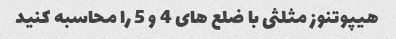
هیپوتنوز مثلثی با ضلع های 4 و 5 را محاسبه کنید